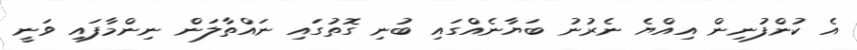
އެ ކުންފުނިން އިއްޔެ ނެރުނު ބަޔާނެއްގައި ބުނި ގޮތުގައި ނައްތާލަން ނިންމާފައި ވަނީ